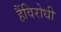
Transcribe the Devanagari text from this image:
हैंविरोधी